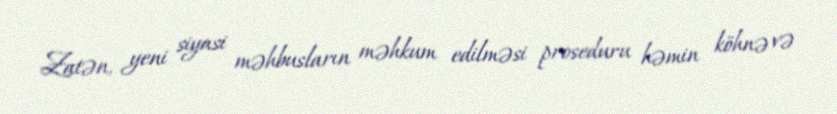
Zatən, yeni siyasi məhbusların məhkum edilməsi proseduru həmin köhnə və